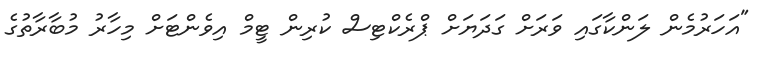
"އަހަރުމެން ލަންކާގައި ވަރަށް ގަދަޔަށް ޕްރެކްޓިސް ކުރިން ޓީމް އިވެންޓަށް މިހާރު މުބާރާތުގެ